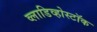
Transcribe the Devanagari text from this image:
व्लाडिव्होस्टॉक